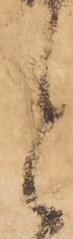
と